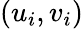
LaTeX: (u_{i},v_{i})